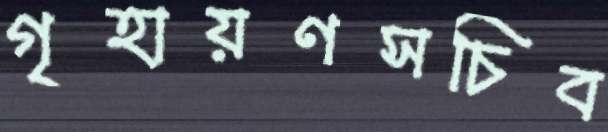
গৃহায়ণসচিব